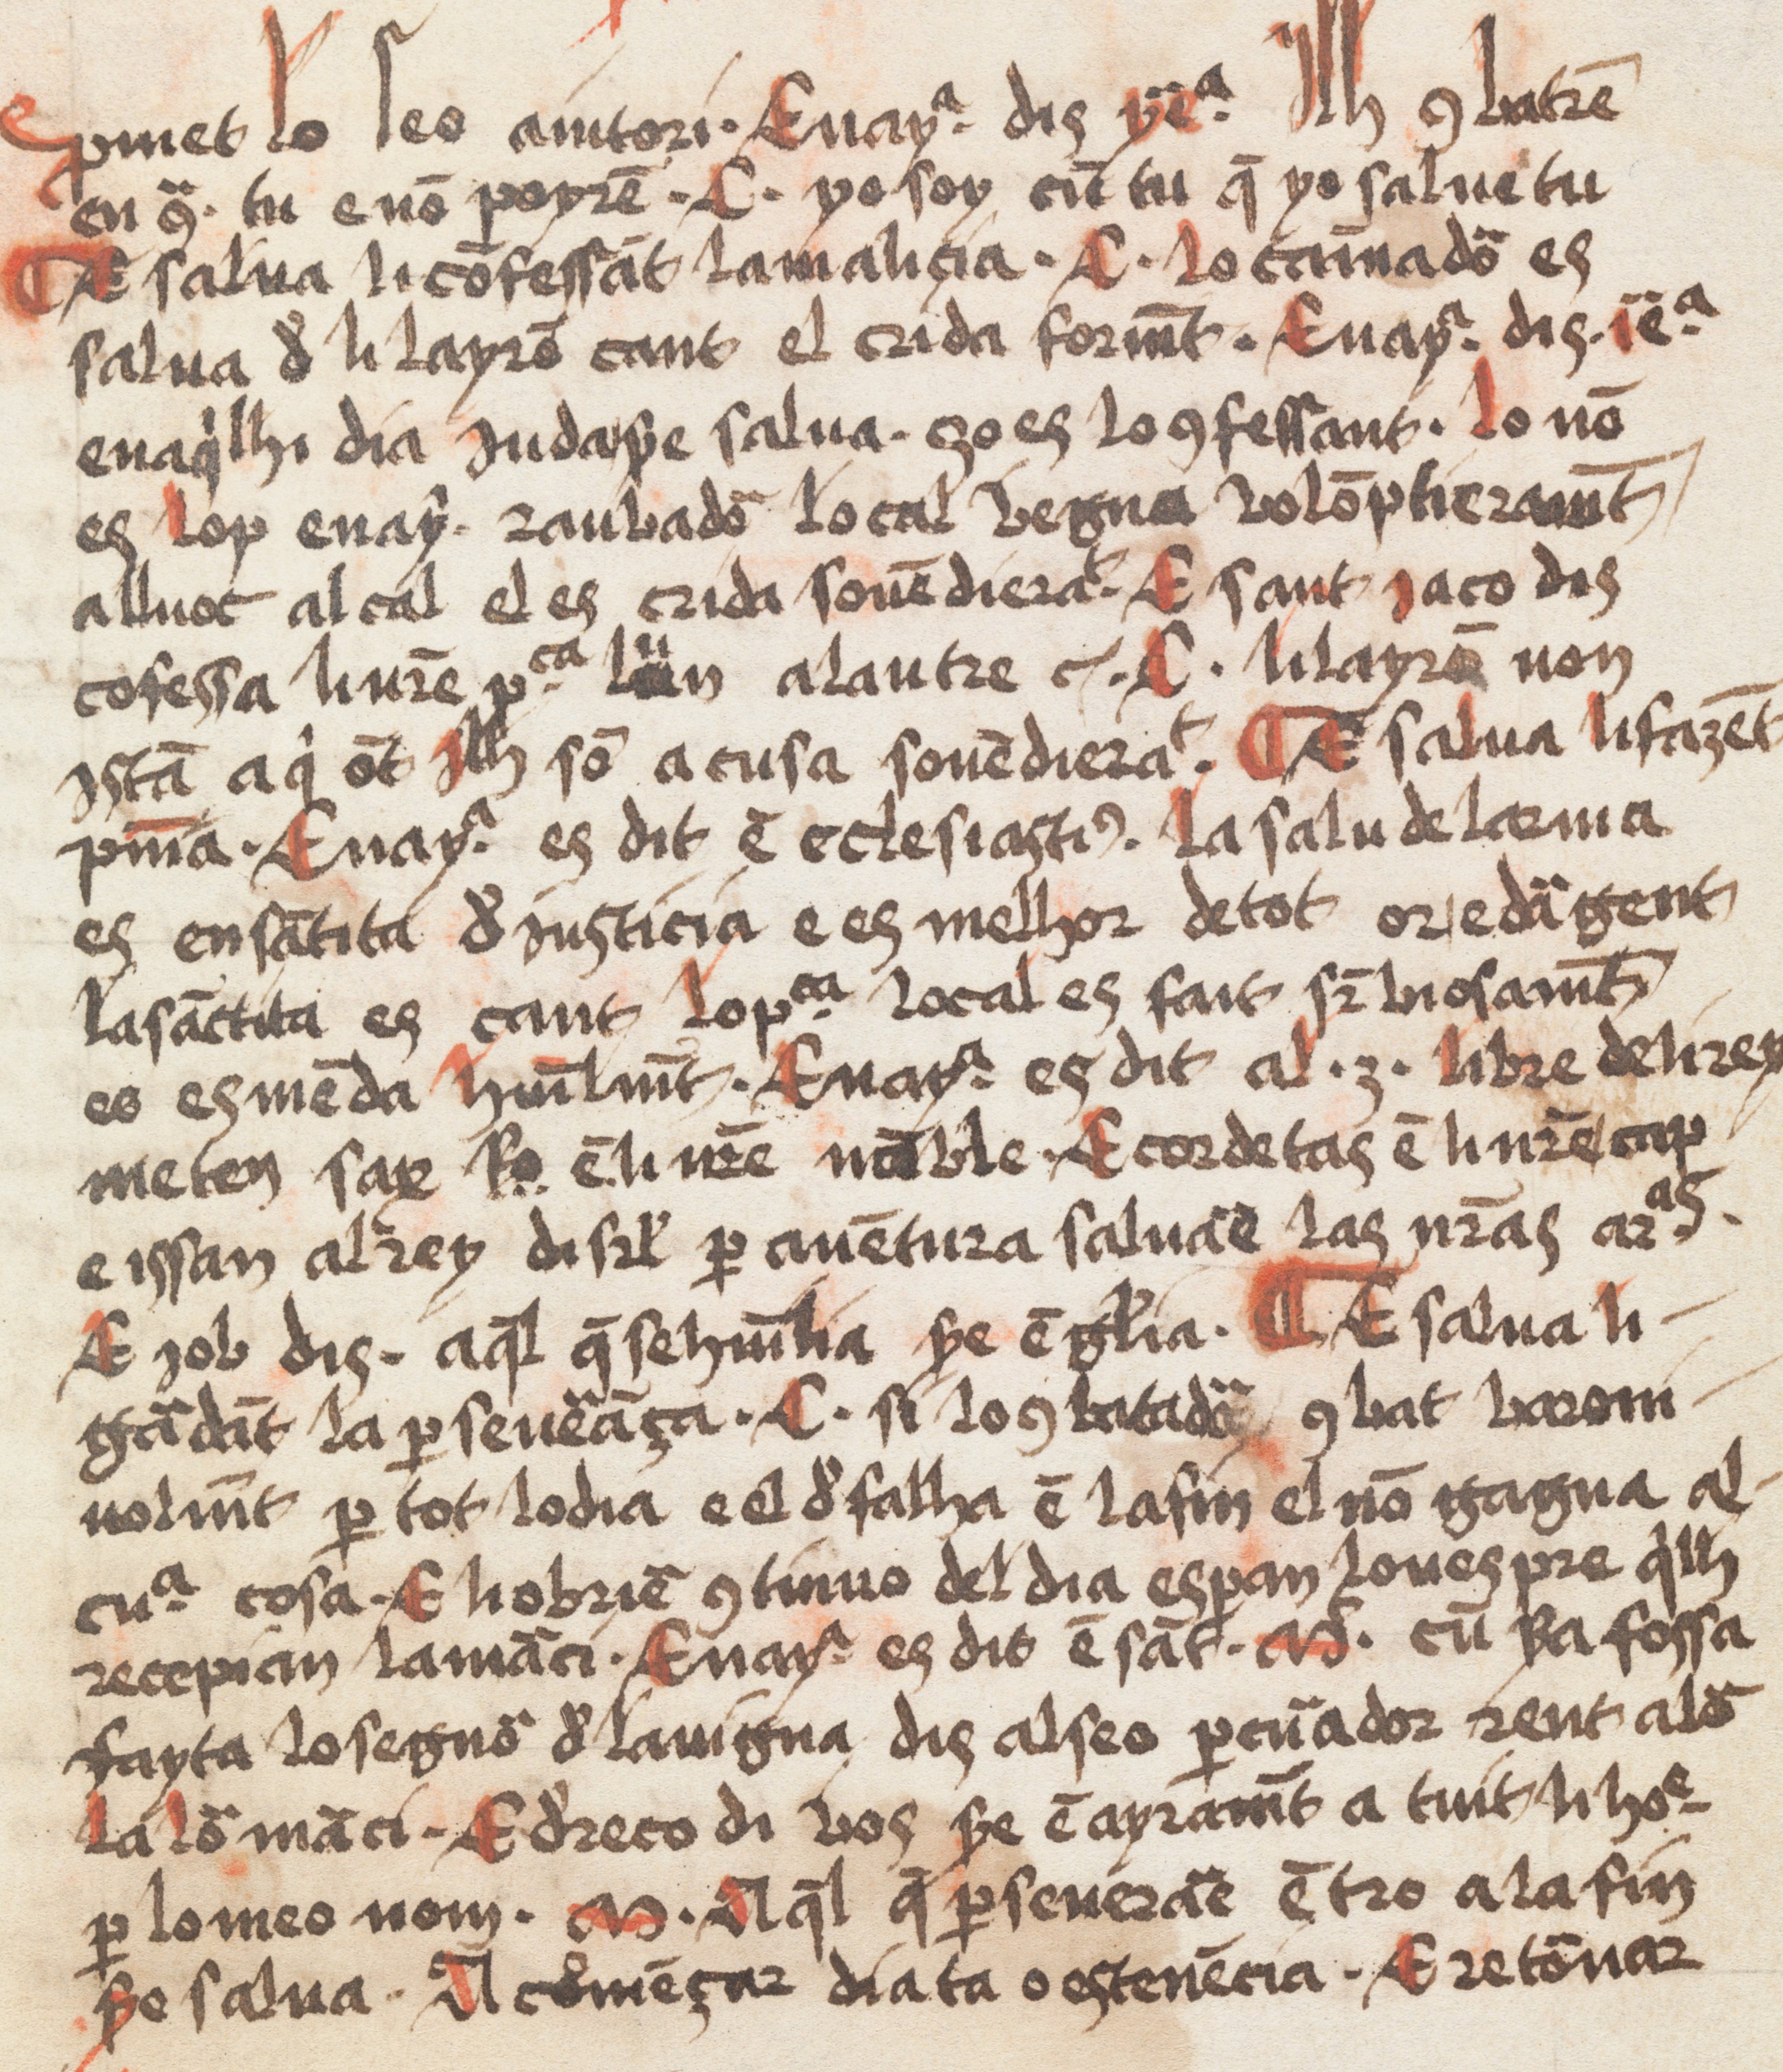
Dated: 1500–1599